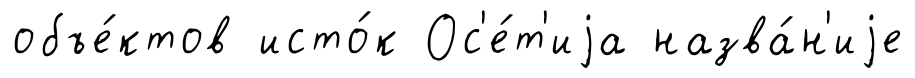
объе́ктов исто́к Ос'е́т'иjа назва́н'иjе